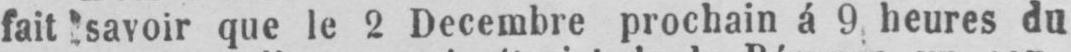
faitsavoir que le 2 Decembre prochain á 9 heures du